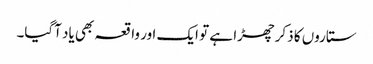
ستاروں کا ذکر چھڑا ہے تو ایک اور واقعہ بھی یاد آگیا۔